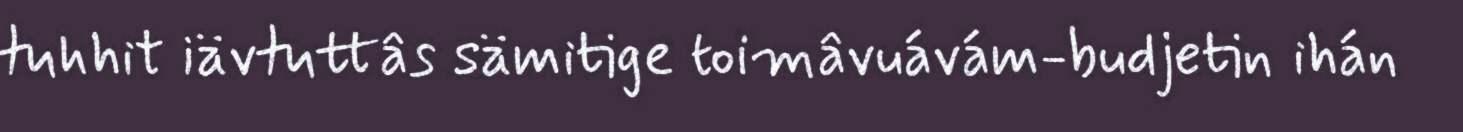
tuhhit iävtuttâs sämitige toimâvuávám-budjetin ihán